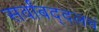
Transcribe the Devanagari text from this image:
सर्वांबद्दलचं